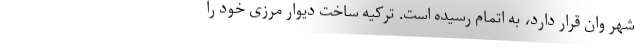
شهر وان قرار دارد، به اتمام رسیده است. ترکیه ساخت دیوار مرزی خود را